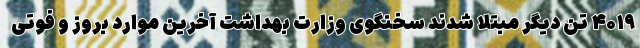
۴۰۱۹ تن دیگر مبتلا شدند سخنگوی وزارت بهداشت آخرین موارد بروز و فوتی